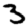
Digit: 3